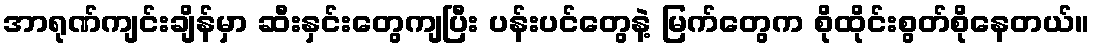
အာရုဏ်ကျင်းချိန်မှာ ဆီးနှင်းတွေကျပြီး ပန်းပင်တွေနဲ့ မြက်တွေက စိုထိုင်းစွတ်စိုနေတယ်။